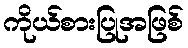
ကိုယ်စားပြုအဖြစ်